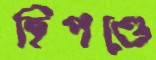
হিপণ্ডে